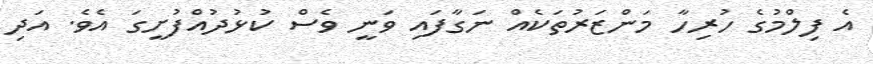
އެ ފިލްމުގެ ހުރިހާ މަންޒަރުތަކެއް ނަގާފައި ވަނީ ވެސް ކުޅުދުއްފުށީގަ އެވެ. އަދި